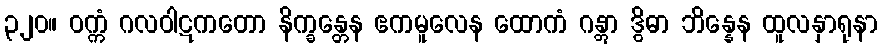
၃၂၀။ ဝက္ကံ ဂလဝါဋကတော နိက္ခန္တေန ဧကမူလေန ထောကံ ဂန္တွာ ဒွိဓာ ဘိန္နေန ထူလနှာရုနာ